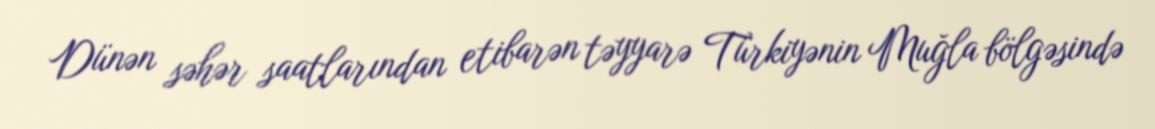
Dünən səhər saatlarından etibarən təyyarə Türkiyənin Muğla bölgəsində